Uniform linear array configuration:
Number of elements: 48
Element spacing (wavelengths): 1
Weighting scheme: hann
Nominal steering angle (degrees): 0
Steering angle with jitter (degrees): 1.971
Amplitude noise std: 0.05
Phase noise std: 0.05

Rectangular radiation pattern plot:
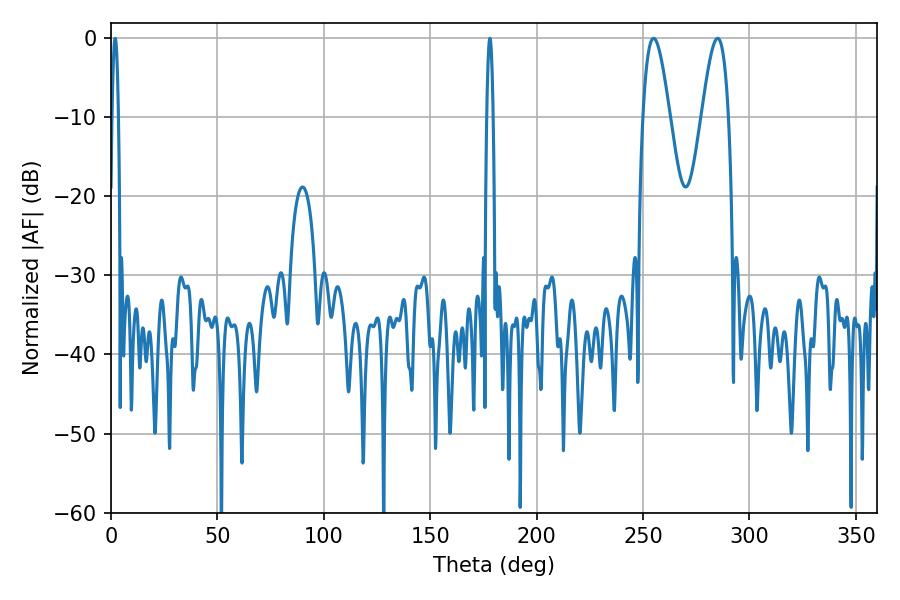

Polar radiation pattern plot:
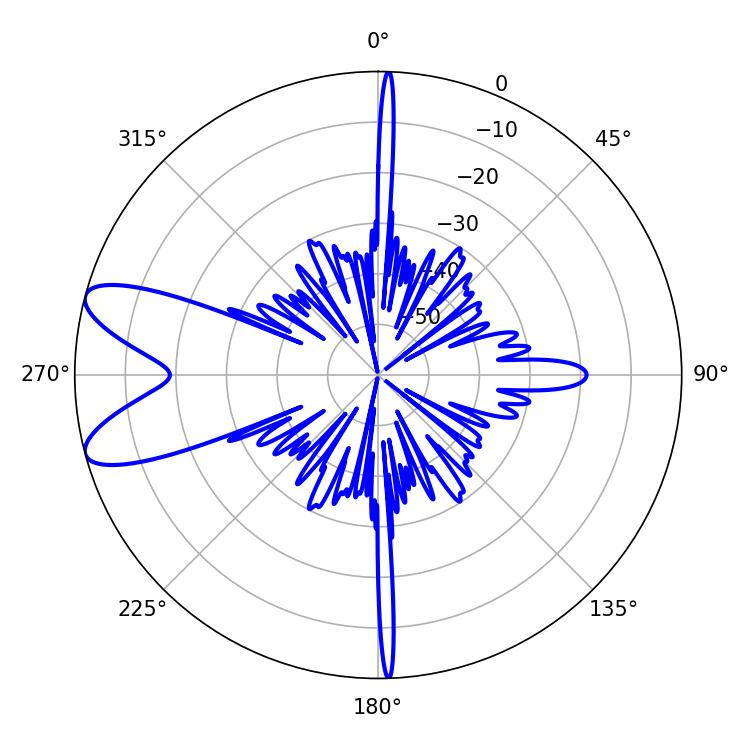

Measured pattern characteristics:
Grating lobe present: TRUE
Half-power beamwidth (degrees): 1.44
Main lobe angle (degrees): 178.02